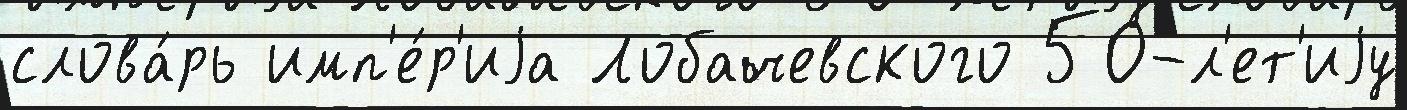
слова́рь имп'е́р'иjа Лобачевского 50-л'ет'иjу